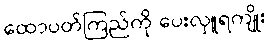
ထောပတ်ကြည်ကို ပေးလှူရကျိုး